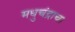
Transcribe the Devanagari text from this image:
मधुचंद्राचा